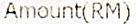
AMOUNT(RM)